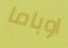
اوباما